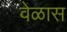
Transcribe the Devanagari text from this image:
वेळास